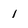
Character: 1